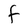
Character: F